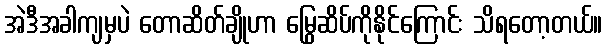
အဲဒီအခါကျမှပဲ တောဆိတ်ချိုဟာ မြွေဆိပ်ကိုနိုင်ကြောင်း သိရတော့တယ်။